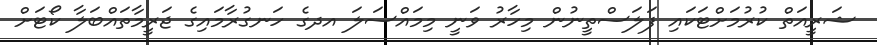
ޝަރީއަތް ކުރުމަށްޓަކައި ފަލަސްތީނުން މިހާރު ވަނީ މިމައްސަލަ އދގެ ހަނގުރާމައިގެ ޖަރީމާތައްބަލާ ކޯޓަށް